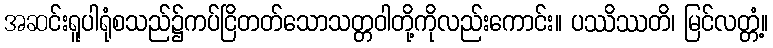
အဆင်းရူပါရုံစသည်၌ကပ်ငြိတတ်သောသတ္တဝါတို့ကိုလည်းကောင်း။ ပဿိဿတိ၊ မြင်လတ္တံ့။